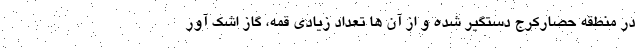
در منطقه حصارکرج دستگیر شده و از آن ها تعداد زیادی قمه، گاز اشک آور